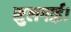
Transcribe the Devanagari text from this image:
सुलगाई।